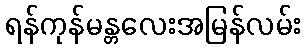
ရန်ကုန်မန္တလေးအမြန်လမ်း